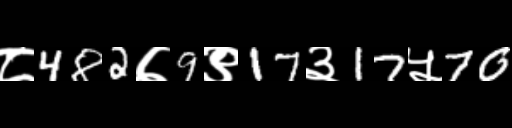
Text: ८482७9९17३17५70